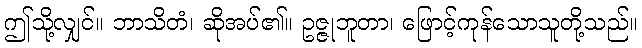
ဤသို့လျှင်။ ဘာသိတံ၊ ဆိုအပ်၏။ ဥဇ္ဇုဘူတာ၊ ဖြောင့်ကုန်သောသူတို့သည်။